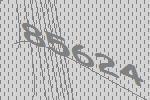
85624